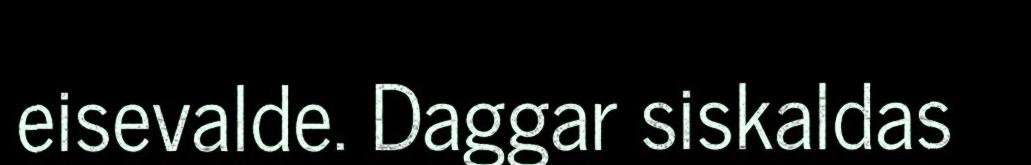
eisevalde. Daggar siskaldas